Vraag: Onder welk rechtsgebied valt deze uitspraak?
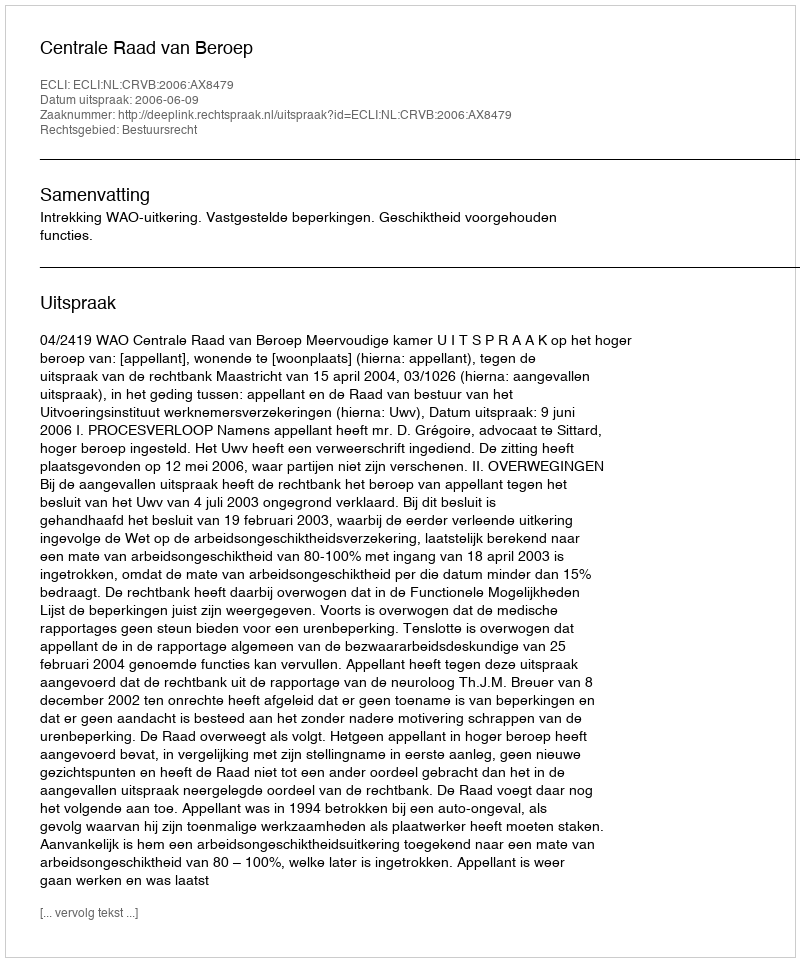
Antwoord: Bestuursrecht